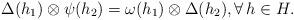
LaTeX: \begin{align*} \Delta (h_1)\otimes \psi (h_2)=\omega (h_1)\otimes \Delta (h_2),\forall \,h\in H. \end{align*}